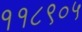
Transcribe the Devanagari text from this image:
११८९०५